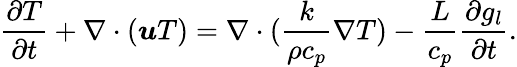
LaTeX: \frac{\partial T}{\partial t}+\nabla\cdot\left(\boldsymbol{u}T\right)=\nabla\cdot(\frac{k}{\rho c_{p}}\nabla T)-\frac{L}{c_{p}}\frac{\partial g_{l}}{\partial t}.